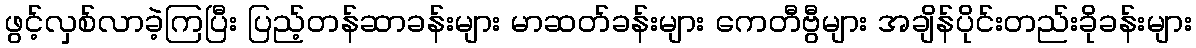
ဖွင့်လှစ်လာခဲ့ကြပြီး ပြည့်တန်ဆာခန်းများ မာဆတ်ခန်းများ ကေတီဗွီများ အချိန်ပိုင်းတည်းခိုခန်းများ